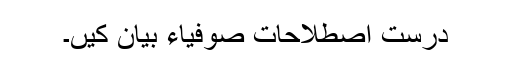
درست اصطلاحات صوفیاء بیان کیں۔